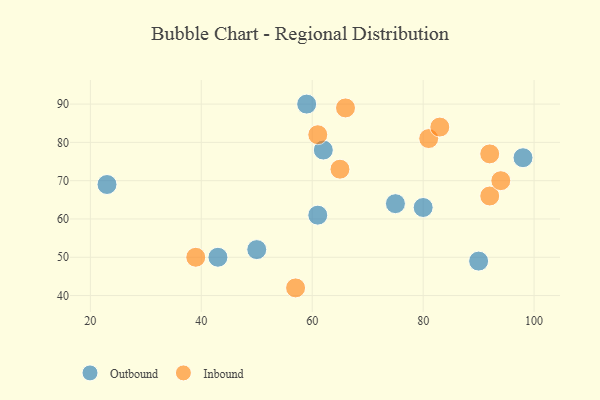
{"axis": {"x": "GDP", "y": "Life Expectancy"}, "legend": ["Inbound", "Outbound"], "data": [{"x": "59", "y": 90, "type": "Outbound"}, {"x": "43", "y": 50, "type": "Outbound"}, {"x": "62", "y": 78, "type": "Outbound"}, {"x": "90", "y": 49, "type": "Outbound"}, {"x": "75", "y": 64, "type": "Outbound"}, {"x": "98", "y": 76, "type": "Outbound"}, {"x": "80", "y": 63, "type": "Outbound"}, {"x": "23", "y": 69, "type": "Outbound"}, {"x": "50", "y": 52, "type": "Outbound"}, {"x": "61", "y": 61, "type": "Outbound"}, {"x": "92", "y": 77, "type": "Inbound"}, {"x": "81", "y": 81, "type": "Inbound"}, {"x": "92", "y": 66, "type": "Inbound"}, {"x": "57", "y": 42, "type": "Inbound"}, {"x": "61", "y": 82, "type": "Inbound"}, {"x": "39", "y": 50, "type": "Inbound"}, {"x": "83", "y": 84, "type": "Inbound"}, {"x": "66", "y": 89, "type": "Inbound"}, {"x": "65", "y": 73, "type": "Inbound"}, {"x": "94", "y": 70, "type": "Inbound"}]}